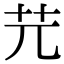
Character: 𦬂